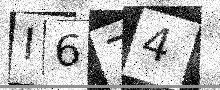
Text: I674